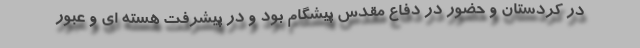
در کردستان و حضور در دفاع مقدس پیشگام بود و در پیشرفت هسته ای و عبور